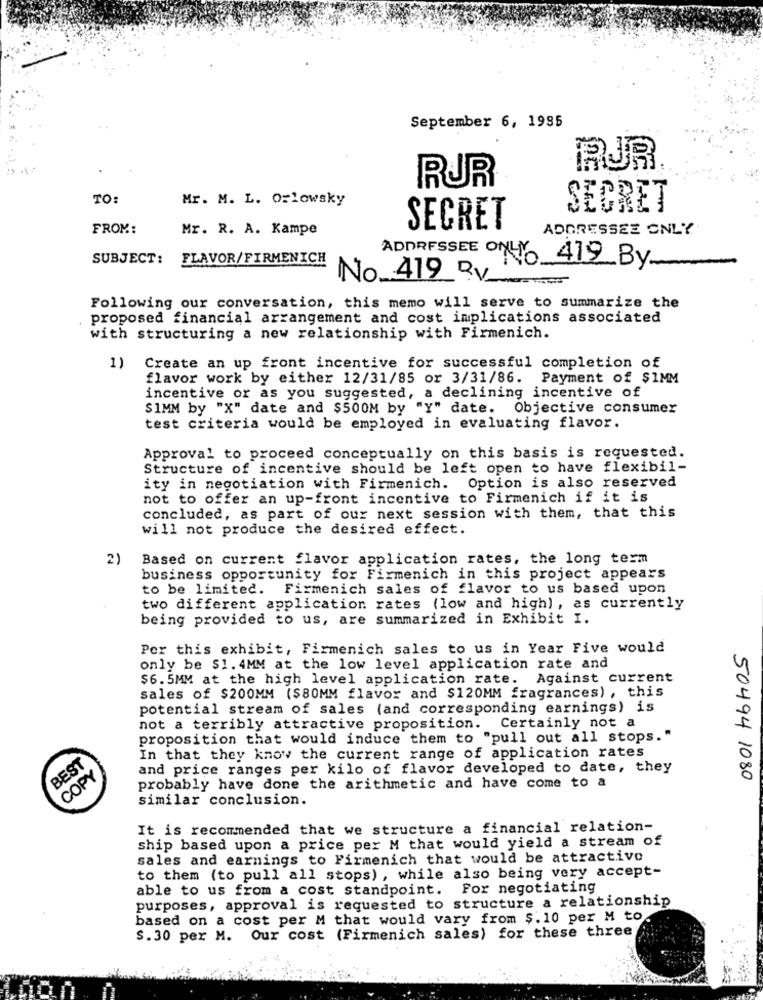
September 6, 1995
JR
RUR
TO:
Mr. M. L. Ozlowsky
SECRET
FROM:
Mr. R. A. Kampe
SECRET
ADDRESSEE ONLY
SUBJECT:
FLAVOR/FIRMENICH
ADDRESSEE ONLY 419 By
No. 419 R.V.
---
Following our conversation, this memo will serve to summarize the
proposed financial arrangement and cost implications associated
with structuring a new relationship with Firmenich.
1) Create an up front incentive for successful completion of
flavor work by either 12/31/85 or 3/31/86. Payment of $1MM
incentive or as you suggested, a declining incentive of
$1MM by "X" date and $500M by "Y" date. Objective consumer
test criteria would be employed in evaluating flavor.
Approval to proceed conceptually on this basis is requested.
Structure of incentive should be left open to have flexibil-
ity in negotiation with Firmenich. Option is also reserved
not to offer an up-front incentive to Firmenich if it is
concluded, as part of our next session with them, that this
will not produce the desired effect.
2)
Based on current flavor application rates, the long term
business opportunity for Firmenich in this project appears
to be limited. Firmenich sales of flavor to us based upon
two different application rates (low and high), as currently
being provided to us, are summarized in Exhibit I.
Per this exhibit, Firmenich sales to us in Year Five would
only be $1. 4MM at the low level application rate and
$6.5MM at the high level application rate.
Against current
sales of $200MM ($80MM flavor and $120MM fragrances) , this
potential stream of sales (and corresponding earnings) is
not a terribly attractive proposition. Certainly not a
proposition that would induce them to "pull out all stops."
BEST
In that they know the current range of application rates
and price ranges per kilo of flavor developed to date, they
COPY
50494 1080
probably have done the arithmetic and have come to a
similar conclusion.
It is recommended that we structure a financial relation-
ship based upon a price per M that would yield a stream of
sales and earnings to Firmenich that would be attractive
to them (to pull all stops) , while also being very accept-
able to us from a cost standpoint. For negotiating
purposes, approval is requested to structure a relationship
based on a cost per M that would vary from $.10 per M to
$. 30 per M. Our cost (Firmenich sales) for these three